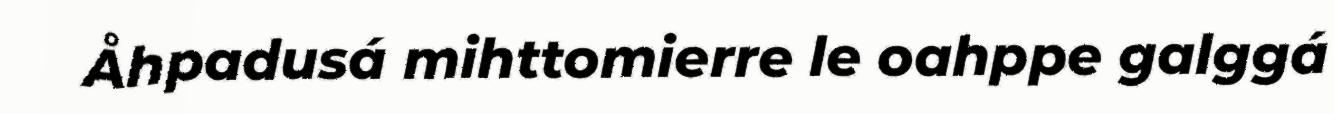
Åhpadusá mihttomierre le oahppe galggá